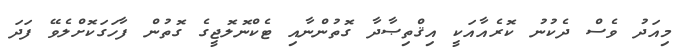
މިއަދު ވެސް ދެކުނު ކޮރެއާއަކީ އިޤްތިޞާދާ ގޮތުންނާއި ޓެކްނޮލޮޖީގެ ގޮތުން ފާހަގަކޮށްލެވޭ ފަދަ